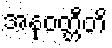
အနုဝတ္တီတိ